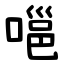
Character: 嗈